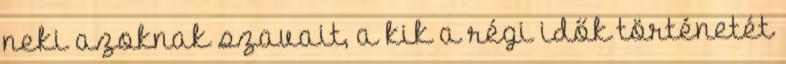
neki azoknak szavait, a kik a régi idők történetét